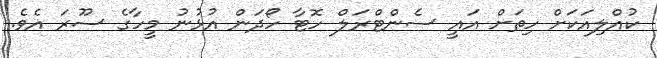
ކުއްލިއަކަށް ހިތަށް އައީ ސެންޓްރަލް ހޮޓާ ހޯދަން އުޅުނު މީހާގެ ސޫރަ އެވެ.